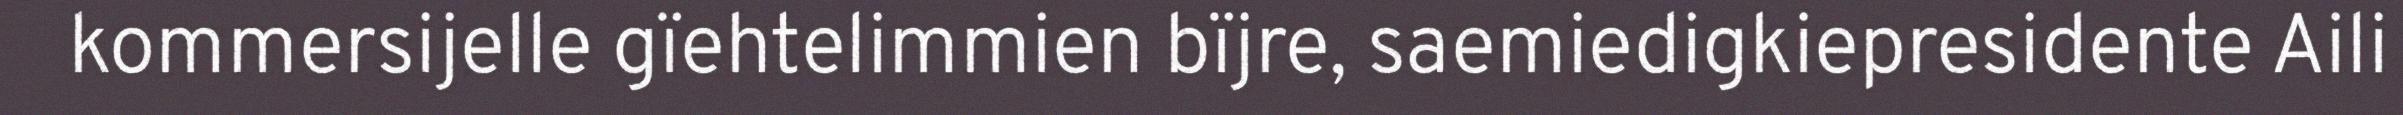
kommersijelle gïehtelimmien bïjre, saemiedigkiepresidente Aili